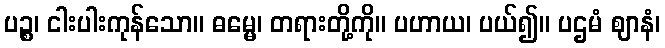
ပဉ္စ၊ ငါးပါးကုန်သော။ ဓမ္မေ၊ တရားတို့ကို။ ပဟာယ၊ ပယ်၍။ ပဌမံ ဈာနံ၊